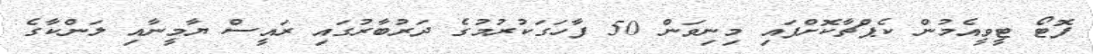
ފޮޓޯ ޓީވީއެމުން ކެޕްޗާކޮށްފައި މިނިވަން 50 ފާހަގަކުރުމުގެ ދަރުބާރުގައި ރައީސް ޔާމީނާއި ލަންކާގެ